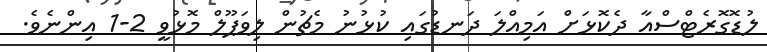
ލުޑޮގޮރެޓްސްއާ ދެކޮޅަށް އަމިއްލަ ދަނޑުގައި ކުޅުނު މެޗުން ލިވަޕޫލް މޮޅުވީ 2-1 އިންނެވެ.